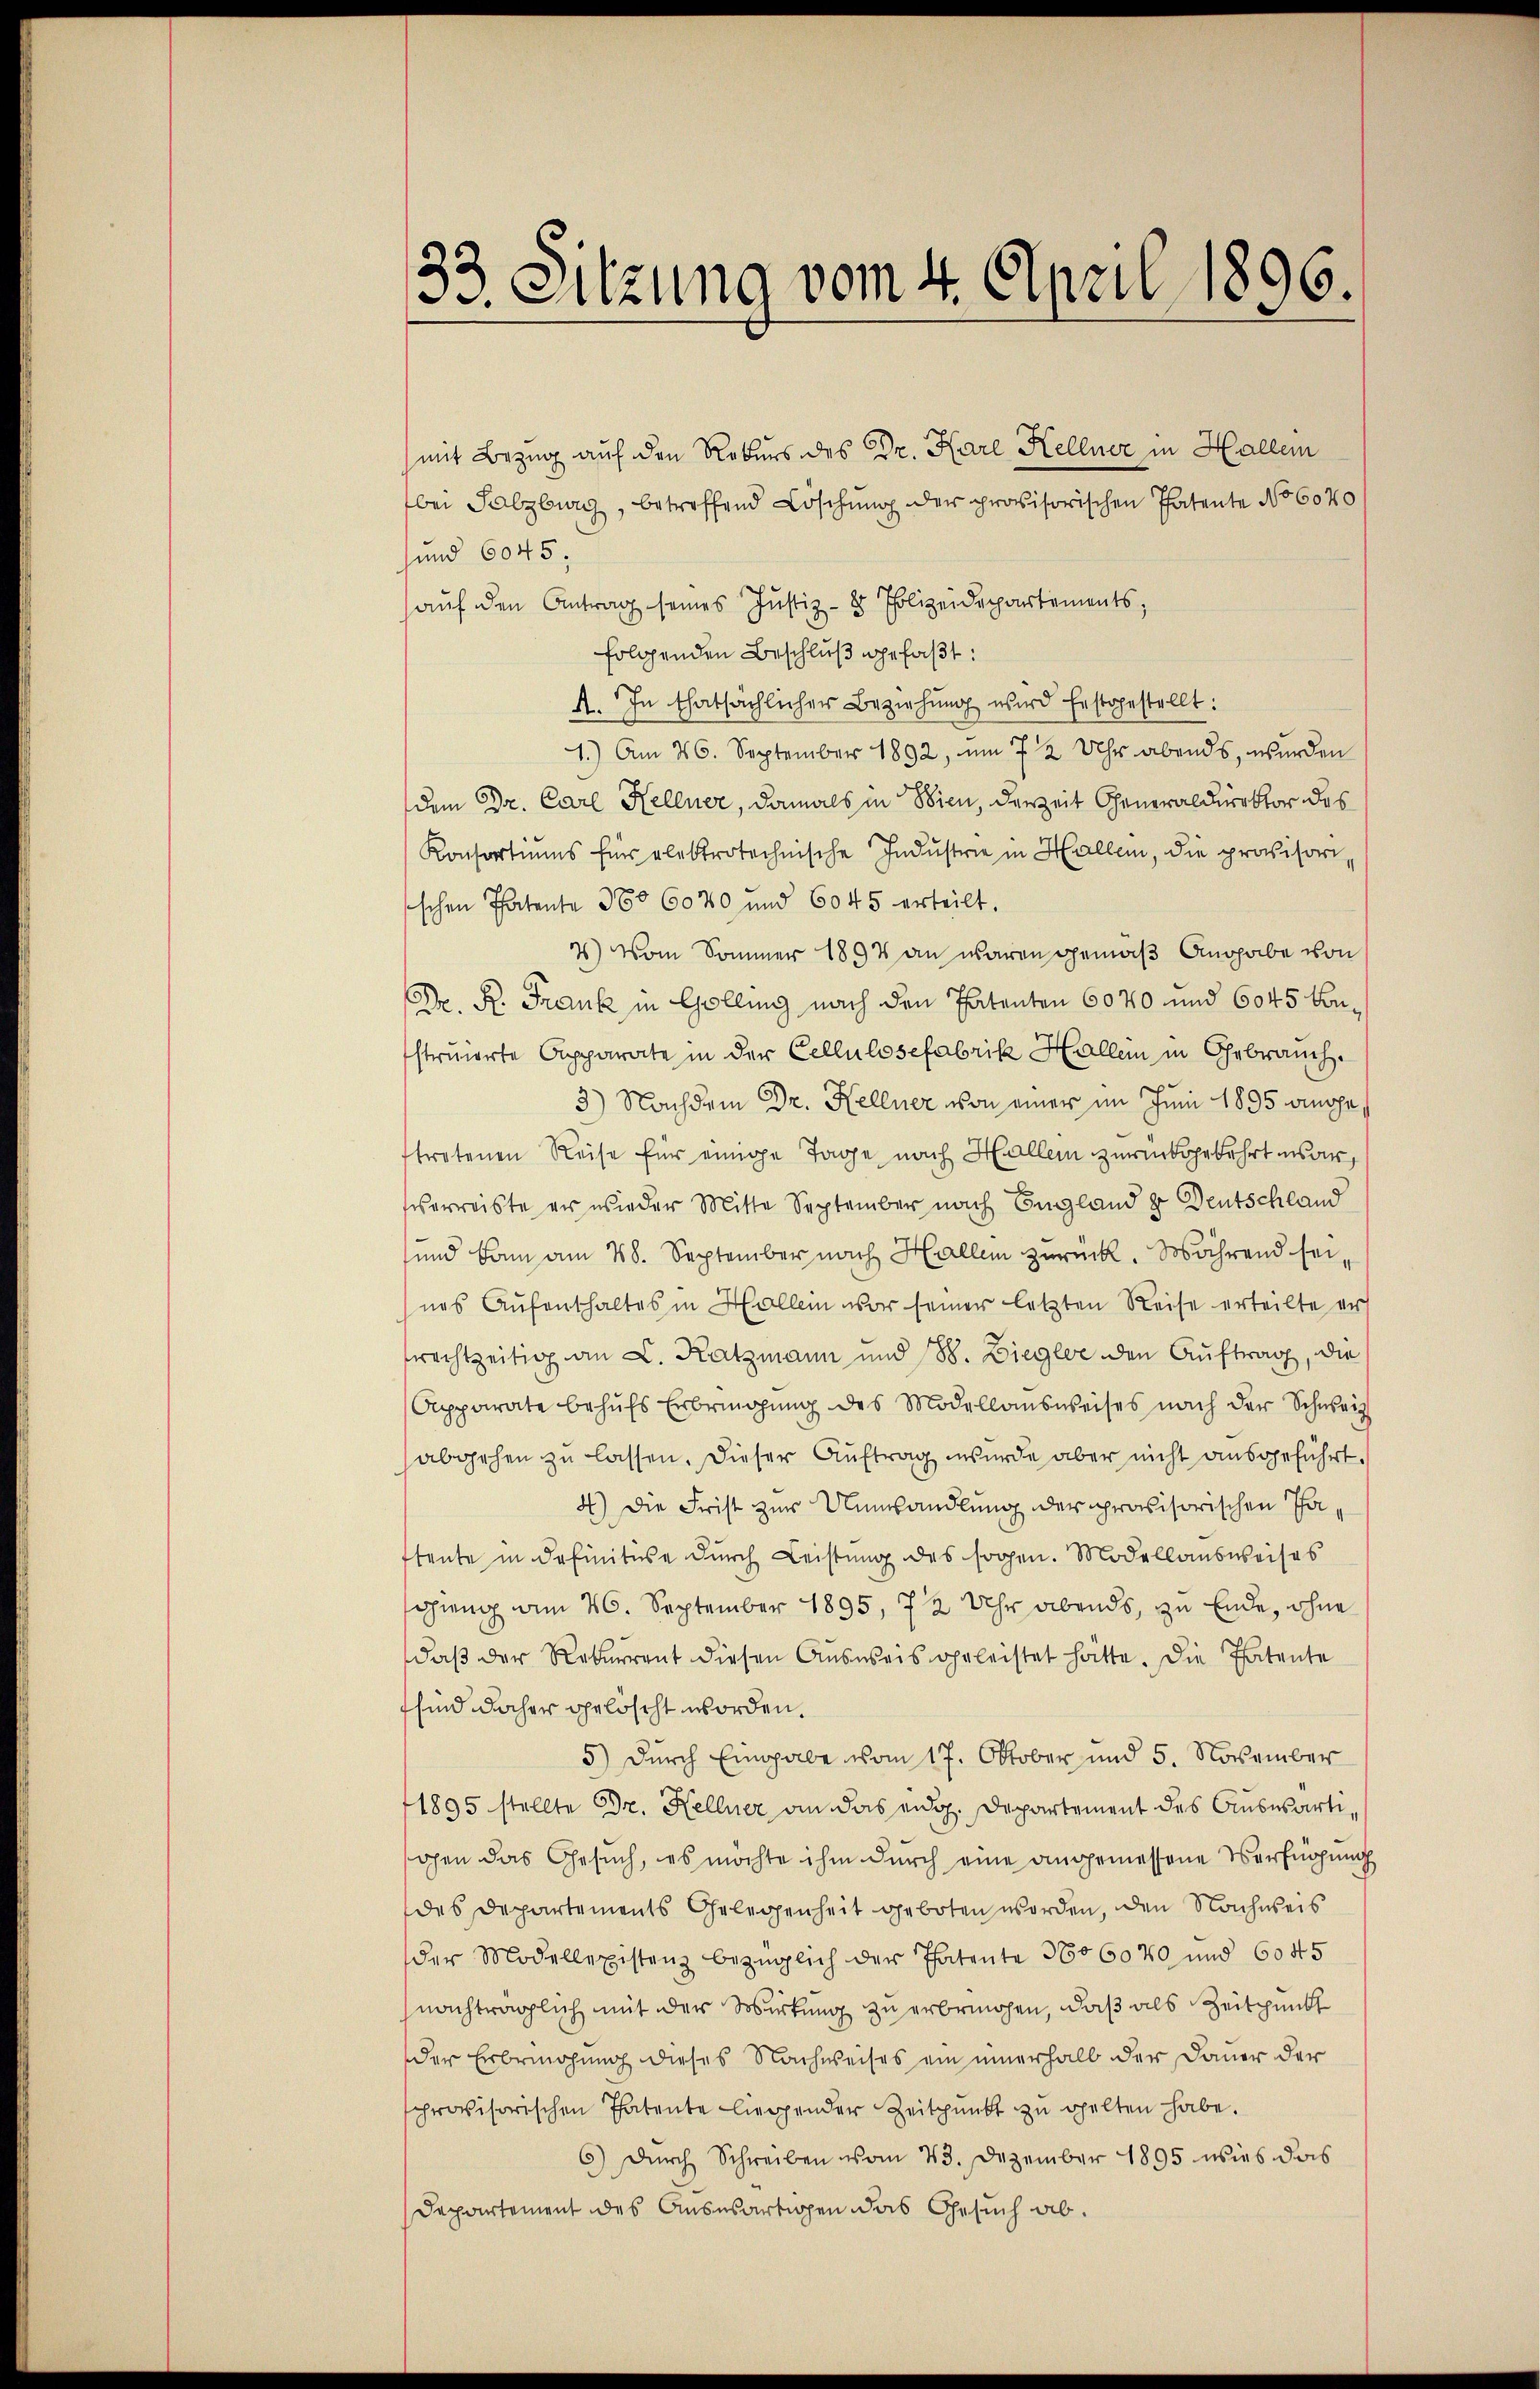
33. Sitzung vom 4. April 1896.

mit Bezug auf den Rekurs des Dr. Karl Kellner in Hallein
bei Salzburg, betreffend Löschung der provisorischen Patente No 6070
sund 6045;
hauf den Antrag seines Justiz- & Polizeidepartements,
folgenden Beschlŭβ gefaßt:
A. In thatsächlicher Beziehŭng wird festgestellt:
1.) Am 26. September 1892, um 7 2 Uhr abends, wurden
dem Dr. Carl Kellner, damals in Wien, derzeit Generaldirektor des
Konsortiums für elektrotechnische Industrie in Hallen, die provisori
schen Thatente 360 6080 und 6045 erteilt.
) Vom Sommer 1894 an waren gemäß Angabe von
Dr. K. Frank in Golling nach den Thatenten 6040 und 6045 konstruierte Apparate in der Cellulosefabrik Hallein in Gebrauch
3) Nachdem Dr. Kellner von einer im Juni 1895 angeftretenen Reise für einige Tage nach Hallem zurückgekehrt war,
sserreiste er wieder Mitte September nach England zur Deutschland
und kam am 28. September nach Hallen zurück. Während sei,
nes Aufenthaltes in Hallein vor seiner letzten Reise erteilte ers
frechtzeitig an L. Katzmann und 188. Ziegler den Auftrag, die
Apparate behŭfs Erbringŭng des Modellansweises nach der Schweiz
abgehen zu lassen. Dieser Auftrag wurde aber nicht ausgeführt.
4) Die Frist zur Unwandlung der provisorischen Ja
stente in definitise durch Leistung des sogen. Modellansweises
gieng am 26. September 1895, 72 Uhr Abends, zu Ende, ohne
daβ der Rekurrent diesen Aŭsweis geleistet hätte. Die Patente
sind daher gelöscht worden.
5) durch Eingabe vom 17. Oktober und 5. November
1895 stellte Dr. Kellner an das eidg. Departement des Auswärtigen das Gesŭch, es möchte ihm durch eine angemessene Verfügung
des Departements Gelegenheit geboten worden, den Nachweis
der Modellexistenz bezüglich der Thatente 3606040 und 6045
nachträglich mit der Wirkung zu erbrinchen, daß als Zeitpunkt
der Erbringung dieses Nachweises ein innerhalb der Dauer der
provisorischen Thatente liegender Zeitpunkt zu gelten habe.
6.) Durch Schreiben vom 23. Dezember 1895 wies das
Departement des Auswärtigen das Gesuch ab.